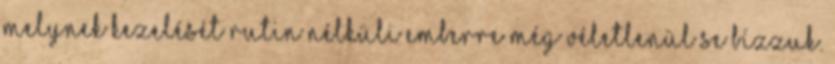
melynek kezelését rutin nélküli emberre még véletlenül se bízzuk.